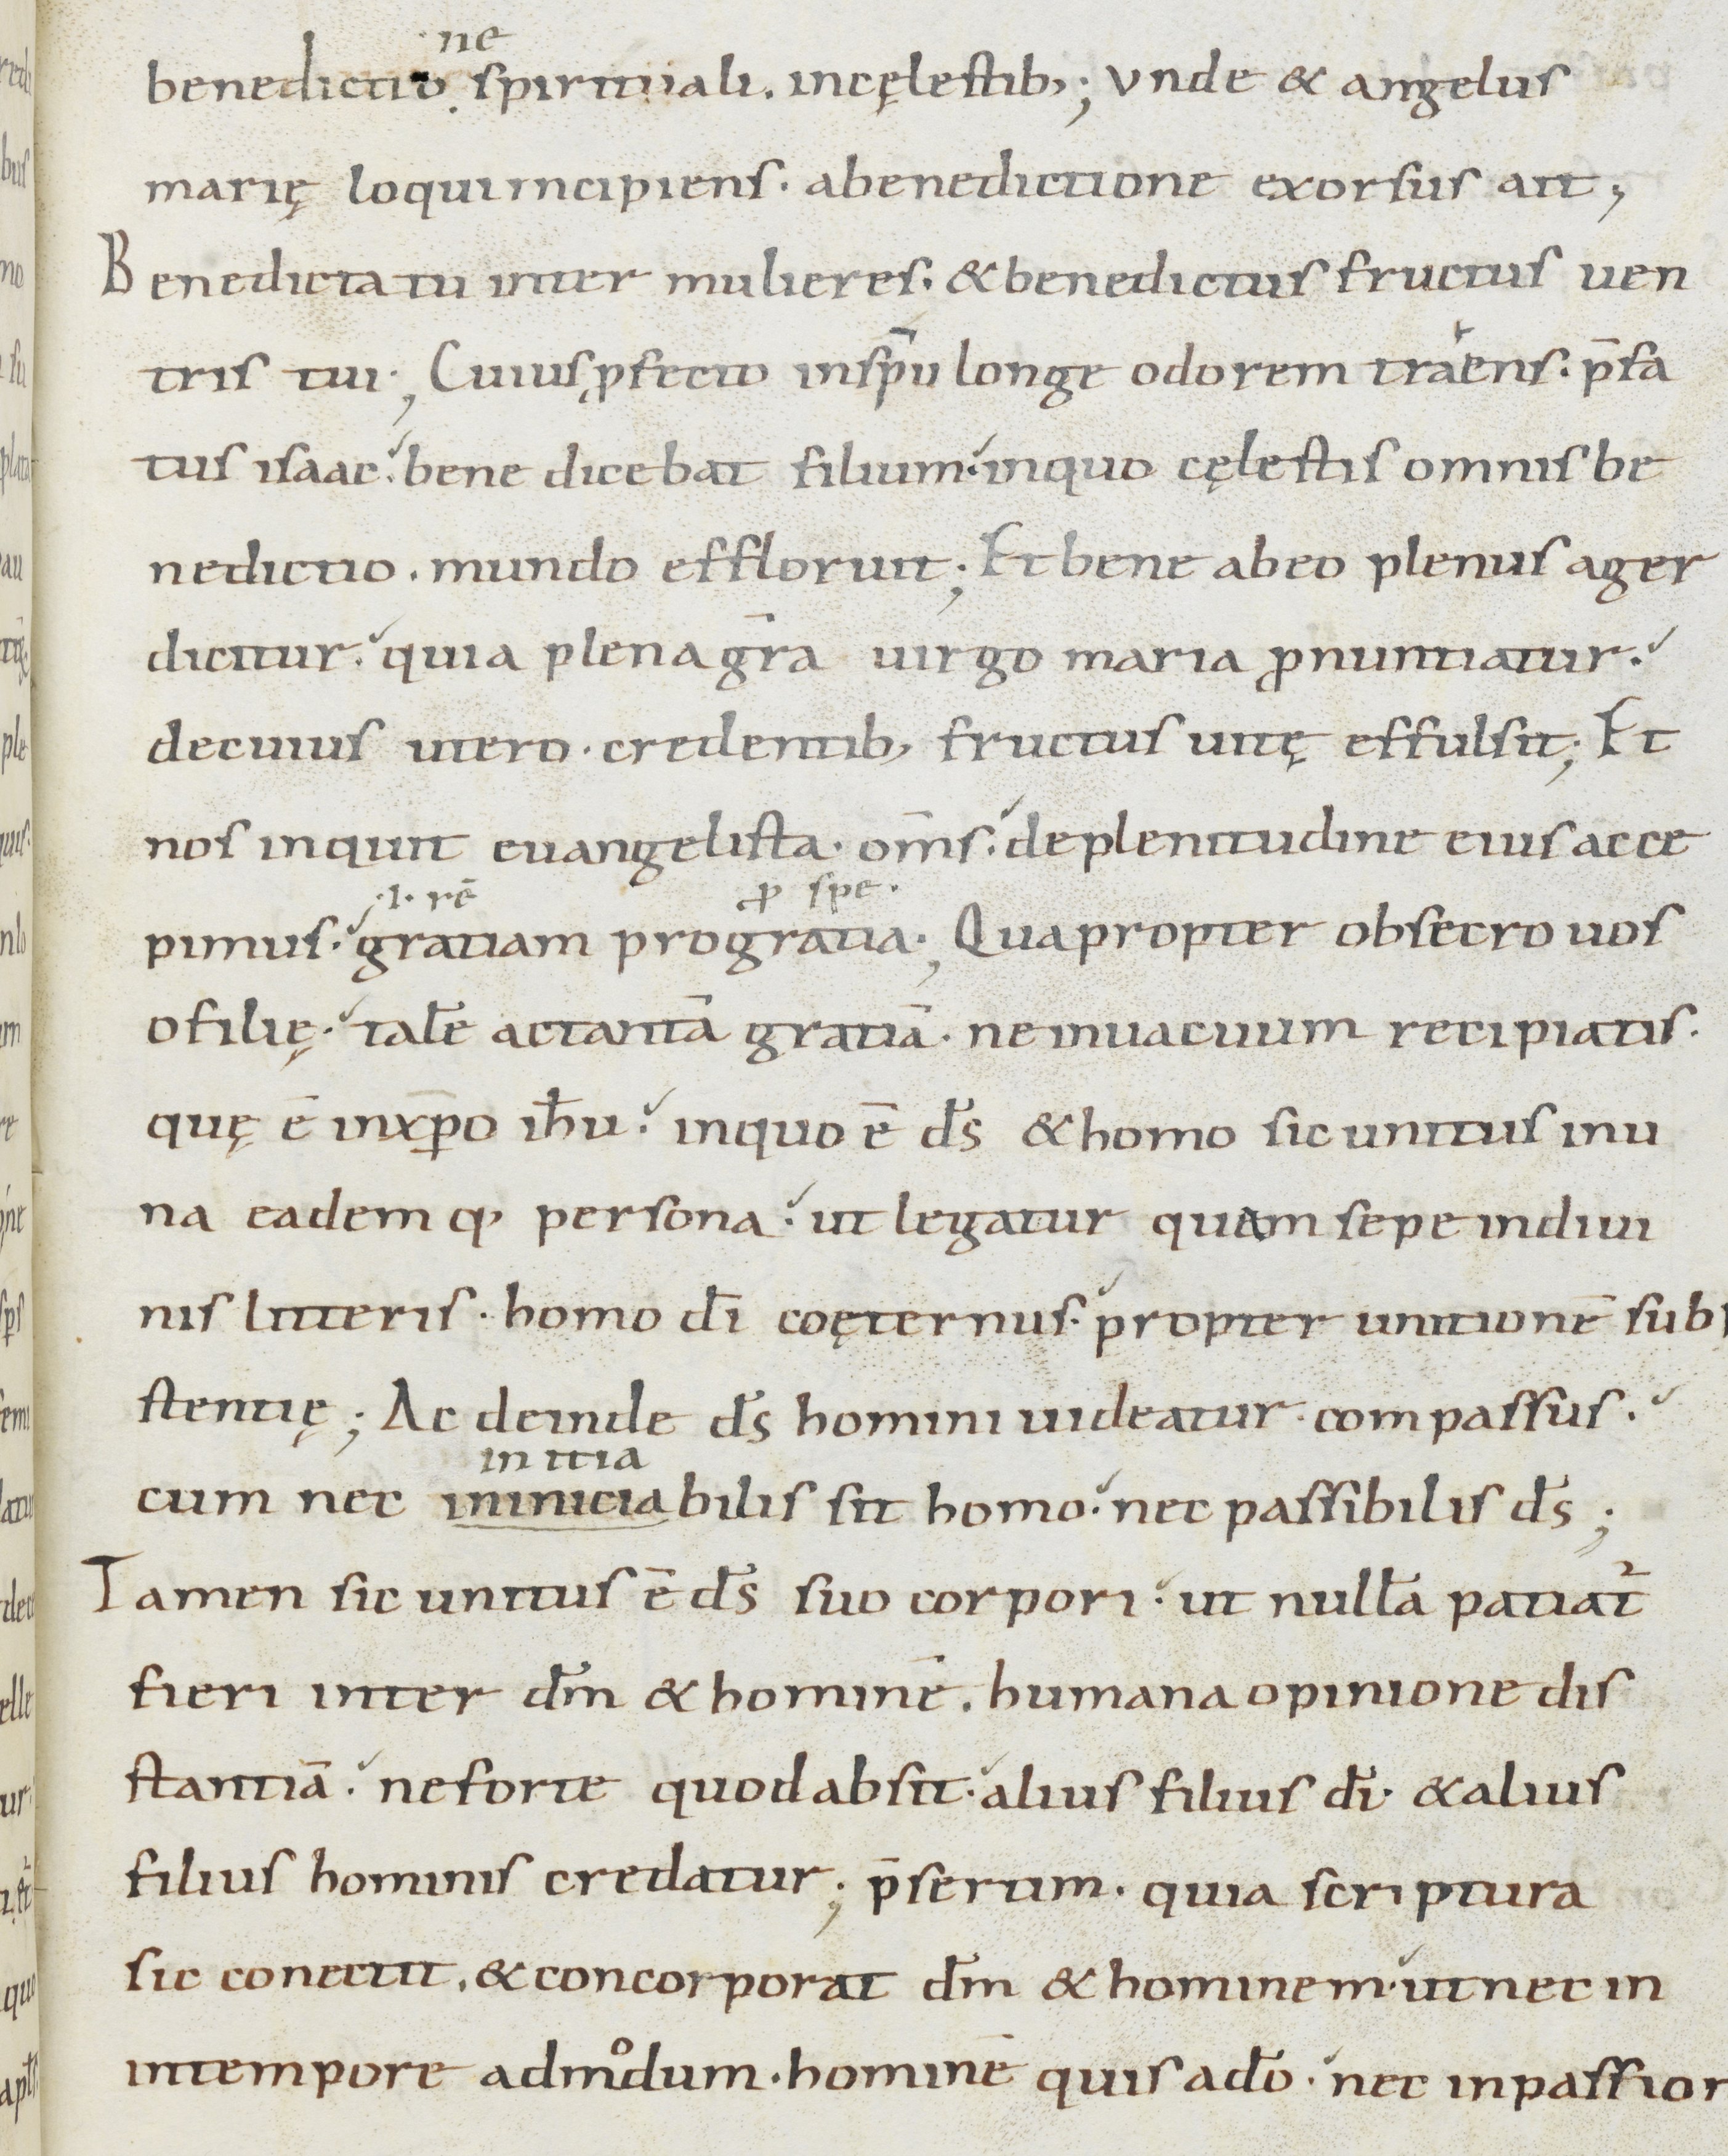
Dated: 800–899